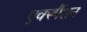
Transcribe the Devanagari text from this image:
एक्स्पैंशन